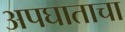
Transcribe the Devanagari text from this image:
अपघाताचा